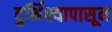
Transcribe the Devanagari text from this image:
दुर्भिक्ष्यापासून